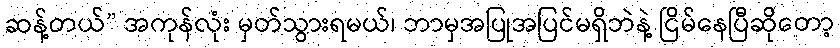
ဆန့်တယ်” အကုန်လုံး မှတ်သွားရမယ်၊ ဘာမှအပြုအပြင်မရှိဘဲနဲ့ ငြိမ်နေပြီဆိုတော့